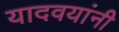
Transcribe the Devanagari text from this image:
यादवयांनी